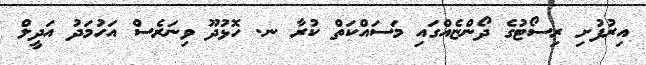
އިރުފުށި ރިސޯޓުގެ ދޯންޏެއްގައި މަސައްކަތް ކުރާ ނ. ހޮޅުދޫ ވިނަރެސް އަހުމަދު އަދީލް